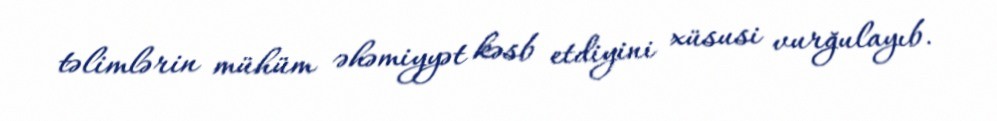
təlimlərin mühüm əhəmiyyət kəsb etdiyini xüsusi vurğulayıb.